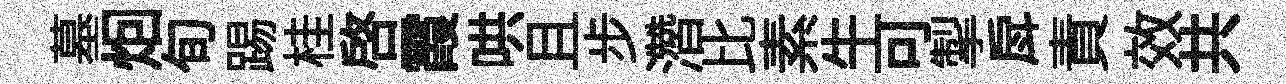
墓𤇆旬踢桂啓霞哄且步濳比素牛可掣戽責效共